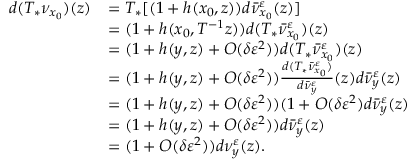
\begin{array} { r l } { d ( T _ { * } \nu _ { x _ { 0 } } ) ( z ) } & { = T _ { * } [ ( 1 + h ( x _ { 0 } , z ) ) d \bar { \nu } _ { x _ { 0 } } ^ { \varepsilon } ( z ) ] } \\ & { = ( 1 + h ( x _ { 0 } , T ^ { - 1 } z ) ) d ( T _ { * } \bar { \nu } _ { x _ { 0 } } ^ { \varepsilon } ) ( z ) } \\ & { = ( 1 + h ( y , z ) + O ( \delta \varepsilon ^ { 2 } ) ) d ( T _ { * } \bar { \nu } _ { x _ { 0 } } ^ { \varepsilon } ) ( z ) } \\ & { = ( 1 + h ( y , z ) + O ( \delta \varepsilon ^ { 2 } ) ) \frac { d ( T _ { * } \bar { \nu } _ { x _ { 0 } } ^ { \varepsilon } ) } { d \bar { \nu } _ { y } ^ { \varepsilon } } ( z ) d \bar { \nu } _ { y } ^ { \varepsilon } ( z ) } \\ & { = ( 1 + h ( y , z ) + O ( \delta \varepsilon ^ { 2 } ) ) ( 1 + O ( \delta \varepsilon ^ { 2 } ) d \bar { \nu } _ { y } ^ { \varepsilon } ( z ) } \\ & { = ( 1 + h ( y , z ) + O ( \delta \varepsilon ^ { 2 } ) ) d \bar { \nu } _ { y } ^ { \varepsilon } ( z ) } \\ & { = ( 1 + O ( \delta \varepsilon ^ { 2 } ) ) d \nu _ { y } ^ { \varepsilon } ( z ) . } \end{array}